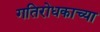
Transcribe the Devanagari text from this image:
गतिरोधकाच्या